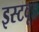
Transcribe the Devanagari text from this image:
इस्टवूड